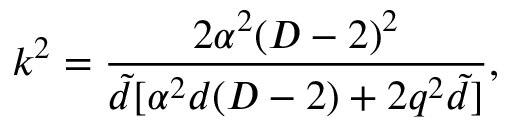
k ^ { 2 } = \frac { 2 \alpha ^ { 2 } ( D - 2 ) ^ { 2 } } { \tilde { d } [ \alpha ^ { 2 } d ( D - 2 ) + 2 q ^ { 2 } \tilde { d } ] } ,